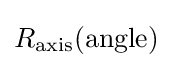
R_{\textrm {axis}}({\textrm {angle}})